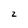
Character: 2